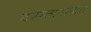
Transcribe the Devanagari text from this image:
वसंतासंपात